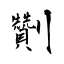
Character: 劗